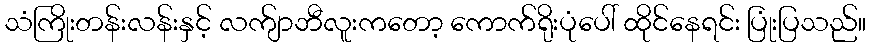
သံကြိုးတန်းလန်းနှင့် လက်ျာဘီလူးကတော့ ကောက်ရိုးပုံပေါ် ထိုင်နေရင်း ပြုံးပြသည်။